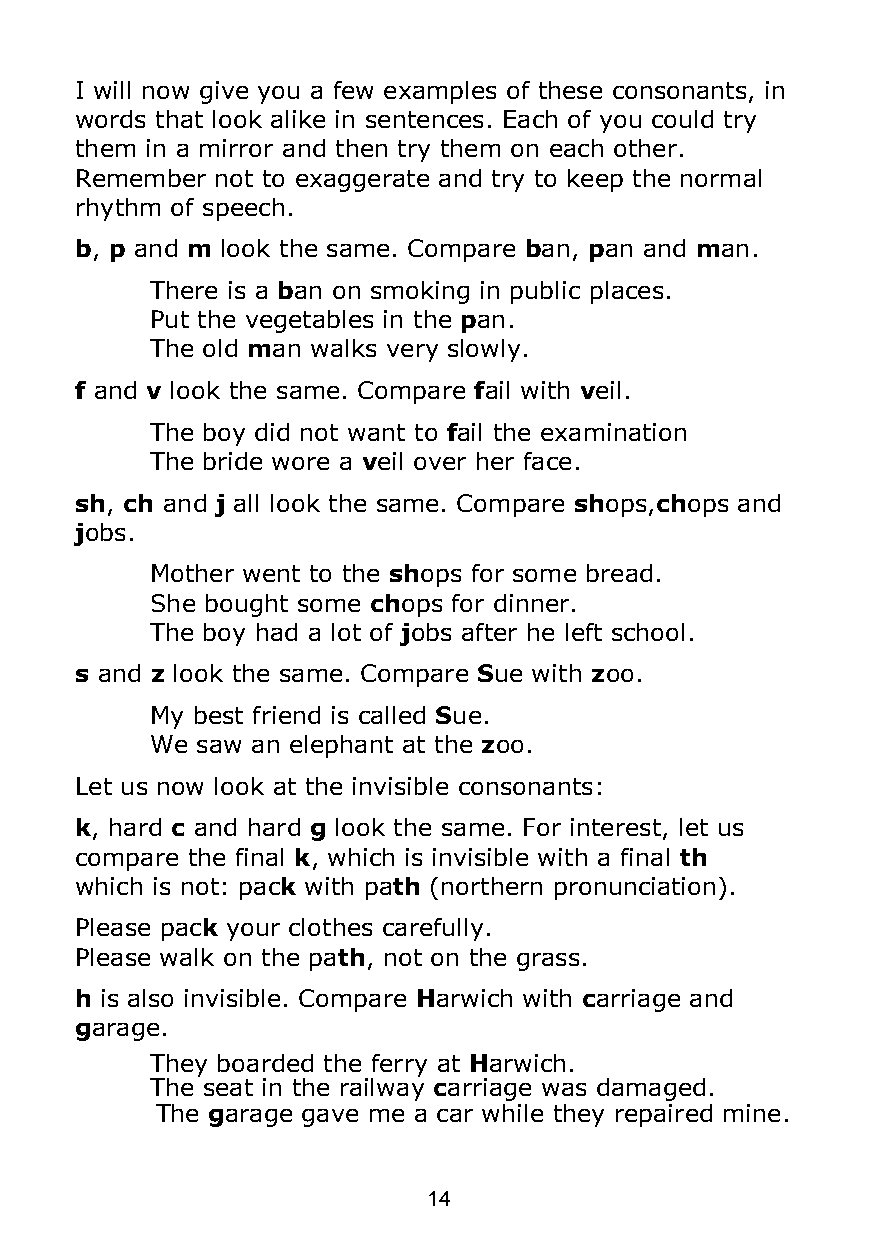
I will now give you a few examples of these consonants, in
 words that look alike in sentences. Each of you could try
 them in a mirror and then try them on each other.
 Remember not to exaggerate and try to keep the normal
 rhythm of speech.
 b, p and m look the same. Compare ban, pan and man.
 There is a ban on smoking in public places.
 Put the vegetables in the pan.
 The old man walks very slowly.
 f and v look the same. Compare fail with veil.
 The boy did not want to fail the examination
 The bride wore a veil over her face.
 sh, ch and j all look the same. Compare shops,chops and
 jobs.
 Mother went to the shops for some bread.
 She bought some chops for dinner.
 The boy had a lot of jobs after he left school.
 s and z look the same. Compare Sue with zoo.
 My best friend is called Sue.
 We saw an elephant at the zoo.
 Let us now look at the invisible consonants:
 k, hard c and hard g look the same. For interest, let us
 compare the final k, which is invisible with a final th
 which is not: pack with path (northern pronunciation).
 Please pack your clothes carefully.
 Please walk on the path, not on the grass.
 h is also invisible. Compare Harwich with carriage and
 garage.
 They boarded the ferry at Harwich.
 The seat in the railway carriage was damaged.
 The garage gave me a car while they repaired mine.
 14